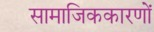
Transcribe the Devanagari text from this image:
सामाजिककारणों